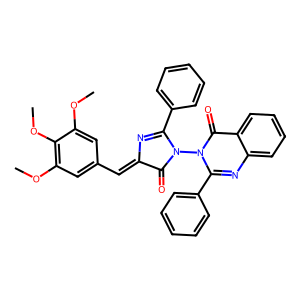
SMILES: COc1cc(C=C2N=C(c3ccccc3)N(n3c(-c4ccccc4)nc4ccccc4c3=O)C2=O)cc(OC)c1OC
Inhibits HIV replication: No